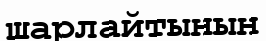
шарлайтынын